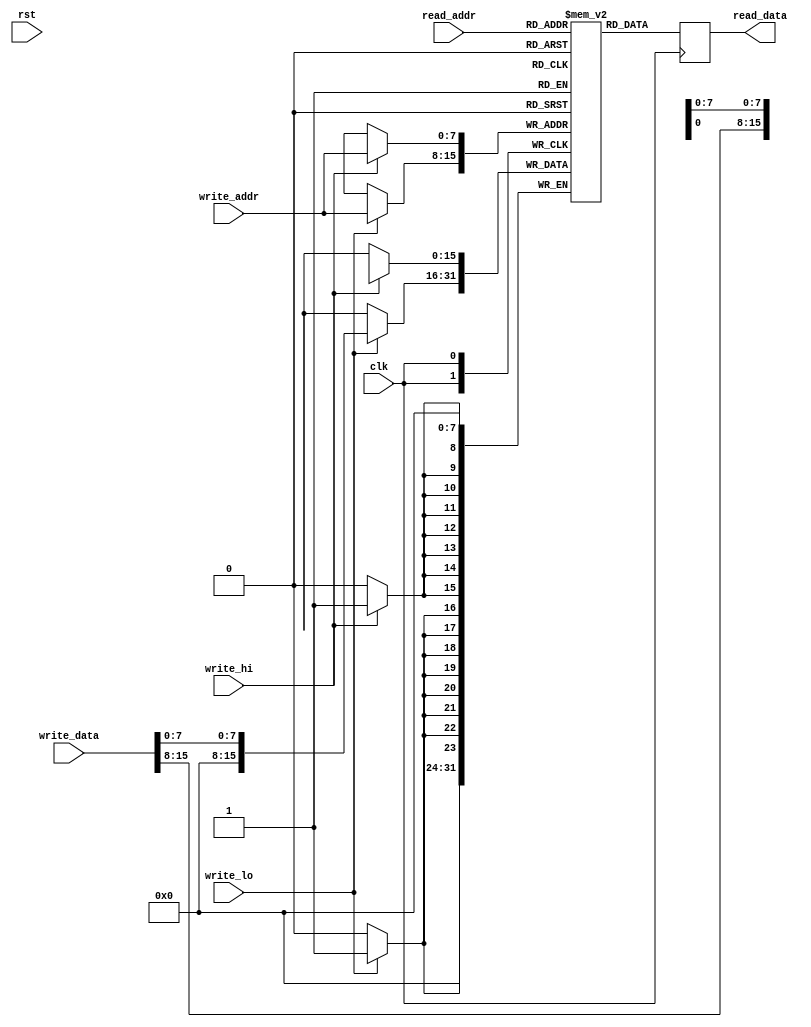
module ide_data_buffer(input clk,
		       input rst,
		       input[7:0] read_addr,
		       output[15:0] read_data,
		       input[7:0] write_addr,
		       input[15:0] write_data,
		       input write_hi,
		       input write_lo
		       );

   reg [15:0] ram_data[255:0];
   reg [15:0] data_latch;

   assign read_data = data_latch;

   always @(posedge clk) begin
      if (write_hi)
	ram_data[write_addr][15:8] <= write_data[15:8];
      if (write_lo)
	ram_data[write_addr][7:0] <= write_data[7:0];

      data_latch <= ram_data[read_addr];
   end

endmodule // ide_data_buffer